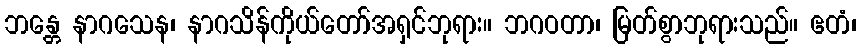
ဘန္တေ နာဂသေန၊ နာဂသိန်ကိုယ်တော်အရှင်ဘုရား။ ဘဂဝတာ၊ မြတ်စွာဘုရားသည်။ ဧတံ၊